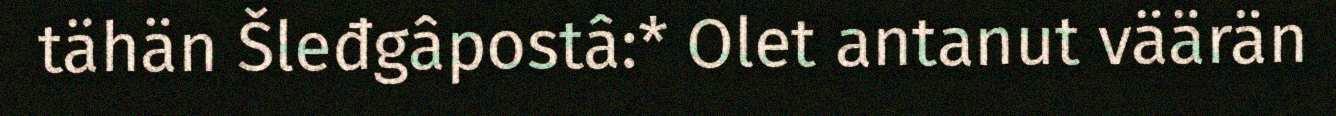
tähän Šleđgâpostâ:* Olet antanut väärän